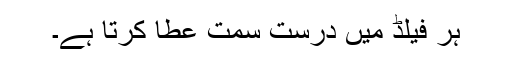
ہر فیلڈ میں درست سمت عطا کرتا ہے۔